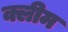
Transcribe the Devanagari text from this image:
क्लीम